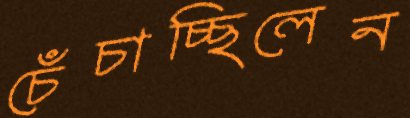
চেঁচাচ্ছিলেন